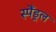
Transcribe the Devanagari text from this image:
स्पैंड्रल